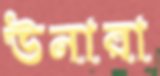
উনারা